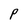
Character: P